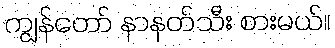
ကျွန်တော် နာနတ်သီး စားမယ်။